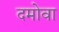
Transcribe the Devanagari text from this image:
दमोवा